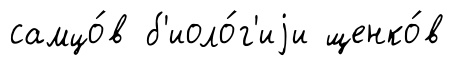
самцо́в б'иоло́г'иjи щенко́в